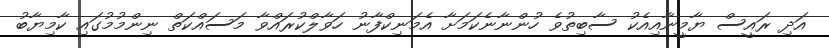
އަދި ރައީސް ޔާމީނާއިއެކު ސާބިތުވެ ހުންނާނެކަމަށާ އެމަނިކްފާނު ހަވާލްކުރައްވާ މަސައްކަތް ނިންމުމުގައި ކާމިޔާބު